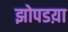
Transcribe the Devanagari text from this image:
झोपडय़ा